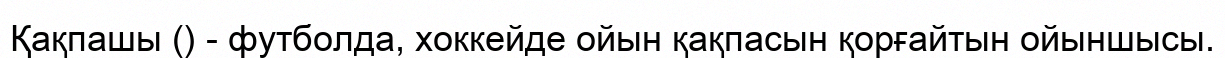
Қақпашы () - футболда, хоккейде ойын қақпасын қорғайтын ойыншысы.